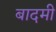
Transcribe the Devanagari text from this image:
बादमी